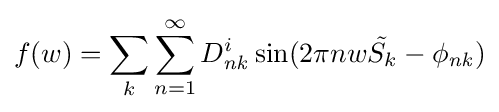
f(w)=\sum _{k}\sum _{n=1}^{\infty }D_{\it {nk}}^{i}\sin(2\pi nw{\tilde {S_{k}}}-\phi _{\it {nk}})